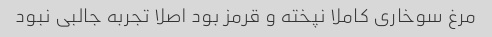
مرغ سوخاری کاملا نپخته و قرمز بود اصلا تجربه جالبی نبود